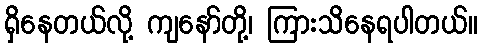
ရှိနေတယ်လို့ ကျနော်တို့၊ ကြားသိနေရပါတယ်။